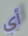
أي